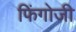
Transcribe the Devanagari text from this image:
फिंगोजी